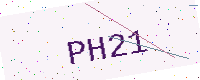
Text: PH21